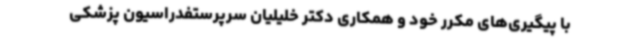
با پیگیری‌های مکرر خود و همکاری دکتر خلیلیان سرپرستفدراسیون پزشکی